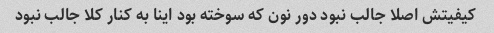
کیفیتش اصلا جالب نبود دور نون که سوخته بود اینا به کنار کلا جالب نبود